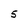
Character: 5